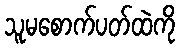
သူမစောက်ပတ်ထဲကို